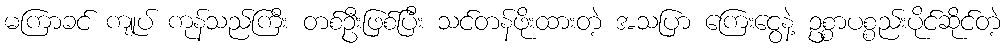
မကြာခင် ကျုပ် ကုန်သည်ကြီး တစ်ဦးဖြစ်ပြီး သင်တန်ဖိုးထားတဲ့ အသပြာ ကြေးငွေနဲ့ ဥစ္စာပစ္စည်းပိုင်ဆိုင်တဲ့